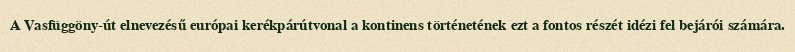
A Vasfüggöny-út elnevezésű európai kerékpárútvonal a kontinens történetének ezt a fontos részét idézi fel bejárói számára.